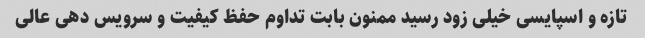
تازه و اسپایسی خیلی زود رسید ممنون بابت تداوم حفظ کیفیت و سرویس دهی عالی